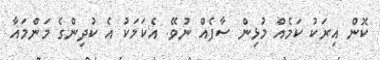
ކޮން އިރަކު ކަމެއް މުޅިން ސާފެއް ނުވޭ. އެކަމަކު އެ ކުދިންގެ މަންމައާ